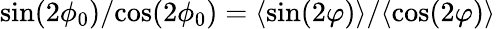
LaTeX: {\sin(2\phi_{0})}/{\cos(2\phi_{0})}={\langle\sin(2\varphi)\rangle}/{\langle\cos(2\varphi)\rangle}